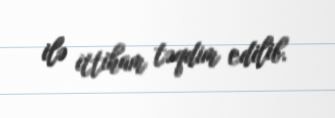
ilə ittiham təqdim edilib.